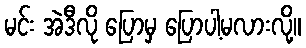
မင်း အဲဒီလို ပြောမှ ပြောပါ့မလားလို့။